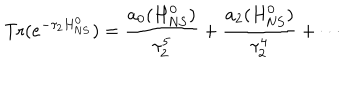
\mathrm { T r } ( e ^ { - \tau _ { 2 } H _ { \mathrm N S } ^ { 0 } } ) = \frac { a _ { 0 } ( H _ { \mathrm N S } ^ { 0 } ) } { \tau _ { 2 } ^ { 5 } } + \frac { a _ { 2 } ( H _ { \mathrm N S } ^ { 0 } ) } { \tau _ { 2 } ^ { 4 } } + \cdots